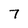
Character: 7